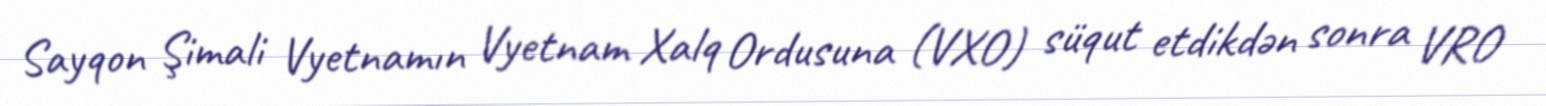
Sayqon Şimali Vyetnamın Vyetnam Xalq Ordusuna (VXO) süqut etdikdən sonra VRO